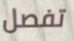
تفصل